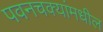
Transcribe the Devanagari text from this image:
पवनचक्यांमधील